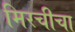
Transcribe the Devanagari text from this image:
मिरचीचा